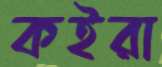
কইরা